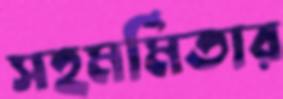
সহমর্মিতার